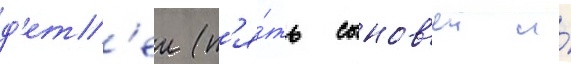
д'ет'еи (п'я́ть сынов'еи и́